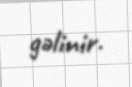
gəlinir.